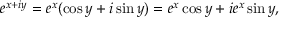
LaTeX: e ^ { x + i y } = e ^ { x } ( \cos y + i \sin y ) = e ^ { x } \cos y + i e ^ { x } \sin y ,